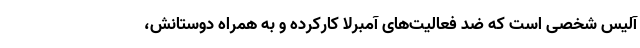
آلیس شخصی است که ضد فعالیت‌های آمبرلا کارکرده و به همراه دوستانش،